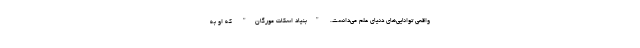
واقعی توانایی‌های دنیای علم می‌دانست. "بنیاد اسکات مورگان" که او به